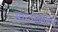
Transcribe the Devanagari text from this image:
सहजननद